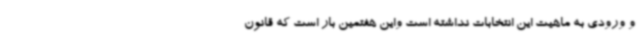
و ورودی به ماهیت این انتخابات نداشته است واین هفتمین بار است که قانون